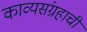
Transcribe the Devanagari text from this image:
काव्यसंग्रहाची